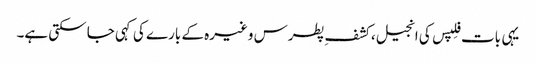
یہی بات فِلپس کی انجیل، کشفِ پطرس وغیرہ کے بارے کی کہی جا سکتی ہے۔